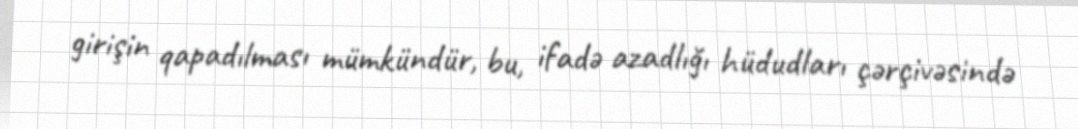
girişin qapadılması mümkündür, bu, ifadə azadlığı hüdudları çərçivəsində